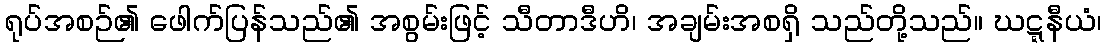
ရုပ်အစဉ်၏ ဖေါက်ပြန်သည်၏ အစွမ်းဖြင့် သီတာဒီဟိ၊ အချမ်းအစရှိ သည်တို့သည်။ ဃဋ္ဋနီယံ၊